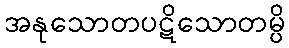
အနုသောတပဋိသောတမ္ပိ